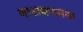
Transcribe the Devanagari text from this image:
नारायणगडा